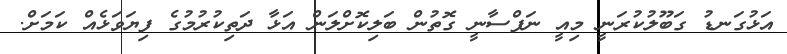
އަޅުގަނޑު ގަބޫލުކުރަނީ މިއީ ނަފްސާނީ ގޮތުން ބަލިކޮށްލަން އަޅާ ދަތިކުރުމުގެ ފިޔަވަޅެއް ކަމަށް.